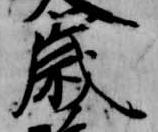
歳